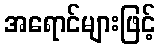
အရောင်များဖြင့်